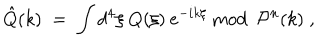
\hat { Q } ( k ) \; = \; \int d ^ { 4 } \xi \: Q ( \xi ) \: e ^ { - i k \xi } { \mathrm { ~ m o d ~ } } \: { \mathcal { P } } ^ { n } ( k ) \; ,